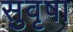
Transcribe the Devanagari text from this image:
सुवृषा